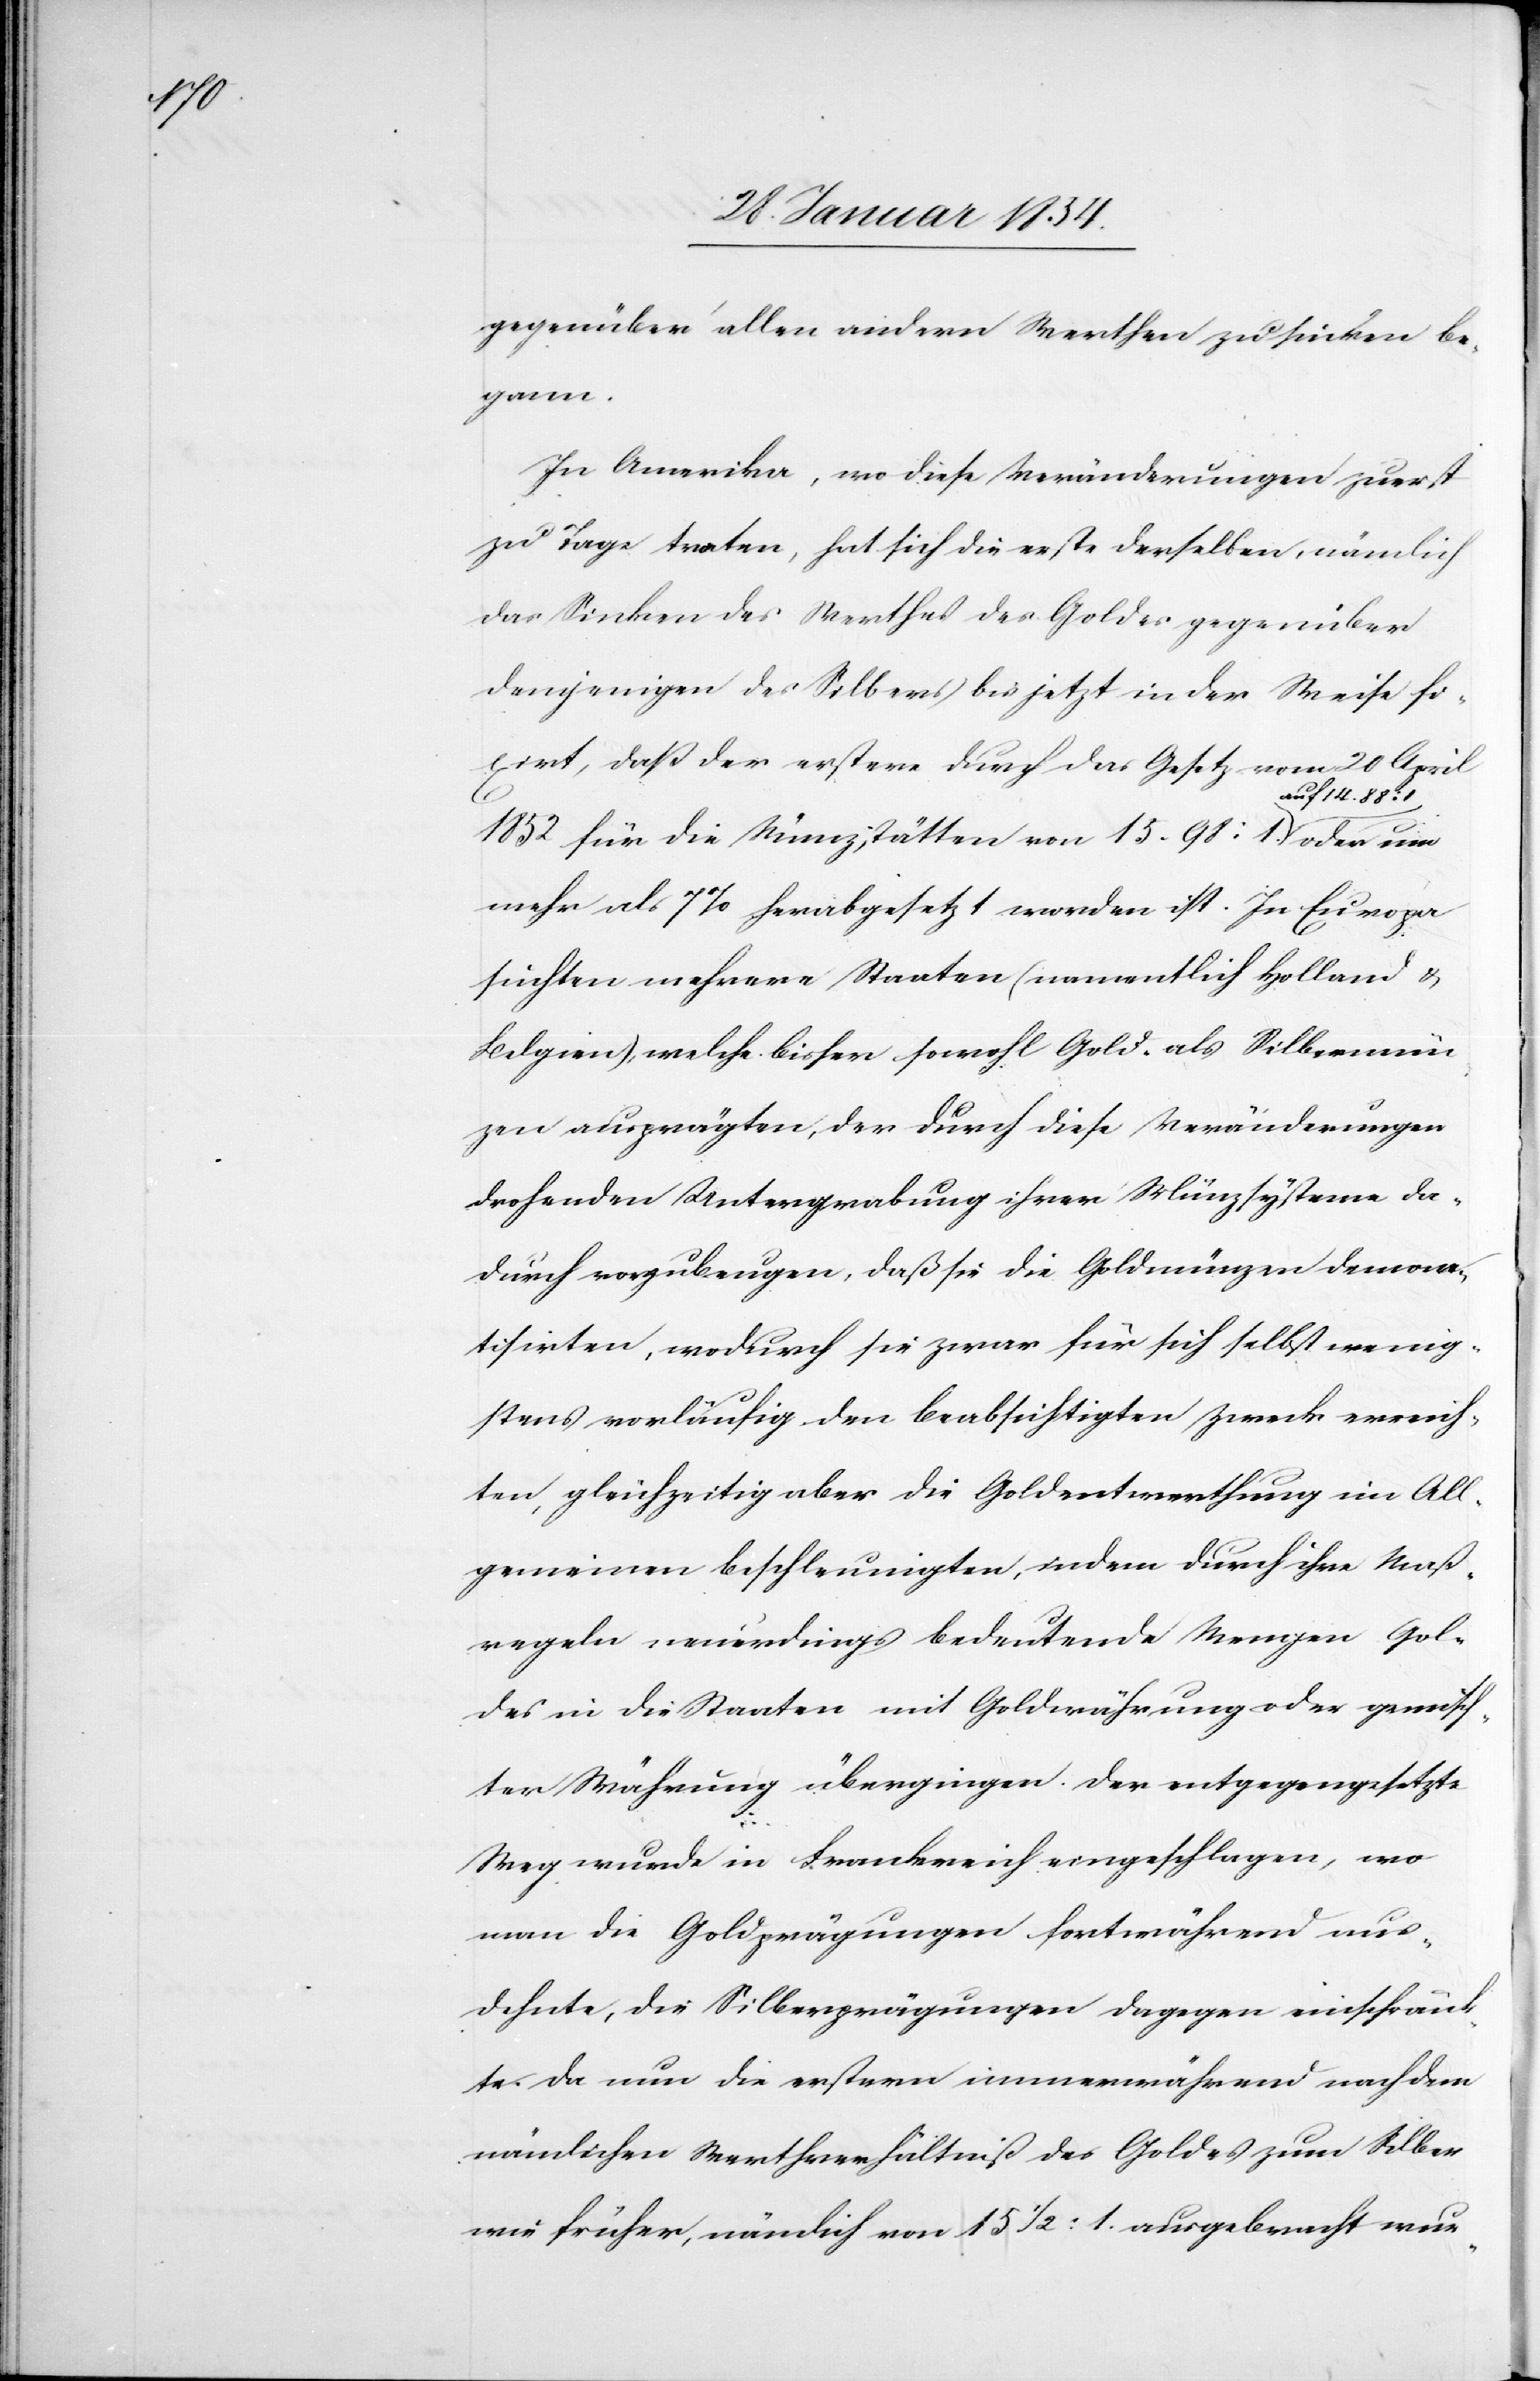
gegenüber allen andern Werthen zu sinken be¬
gann.
In Amerika, wo diese Veränderungen zuerst
zu Tage traten, hat sich die erste derselben, nämlich
das Sinken des Werthes des Goldes gegenüber
demjenigen des Silbers bis jetzt in der Weise fi¬
xirt, daß der erstere durch das Gesetz vom 20 April
1852 für die Münzstätten von 15.98:1 a-auf
mehr als 7% herabgesetzt worden ist. In Europa
suchten mehrere Staaten (namentlich Holland &
Belgien), welche bisher sowohl Gold- als Silbermün¬
zen ausprägten, der durch diese Veränderungen
drohenden Untergrabung ihrer Münzsysteme da¬
durch vorzubeugen, daß sie die Goldmünzen demone¬
tisirten, wodurch sie zwar für sich selbst wenig¬
stens vorläufig den beabsichtigen Zweck erreich¬
ten, gleichzeitig aber die Goldentwerthung im All¬
gemeinen beschleunigten, indem durch ihre Maß¬
regeln neuerdings bedeutende Mengen Gol¬
des in die Staaten mit Goldwährung oder gemisch¬
ter Währung übergingen. Der entgegengesetzte
Weg wurde in Frankreich eingeschlagen, wo
man die Goldprägungen fortwährend aus¬
dehnte, die Silberprägungen dagegen einschränk¬
te. Da nun die erstern immerwährend nach dem
nämlichen Werthverhältniß des Goldes zum Silber
wie früher, nämlich von 15 ½:1 ausgebracht wur-